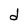
Character: d